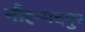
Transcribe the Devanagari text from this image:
मौह्म्मदपुर